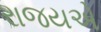
રાજયએ